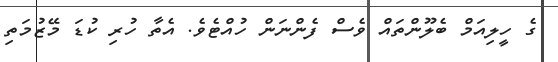
ގެ ހީލިއަމް ބެލޫންތައް ވެސް ފެންނަން ހުއްޓެވެ. އެތާ ހުރި ކުޑަ މޭޒުމަތި